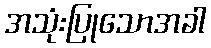
အသုံးပြုသောအခါ